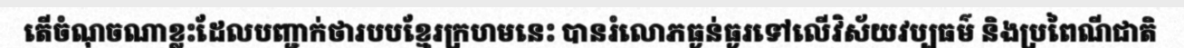
តើចំណុចណាខ្លះដែលបញ្ជាក់ថារបបខ្មែរក្រហមនេះ បានរំលោភធ្ងន់ធ្ងរទៅលើវិស័យវប្បធម៌ និងប្រពៃណីជាតិ